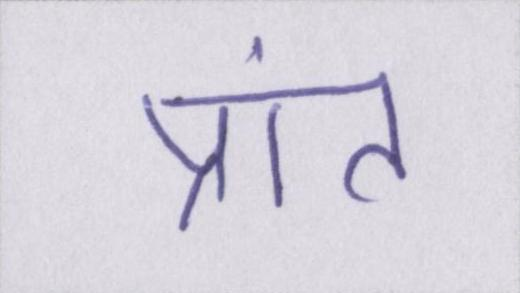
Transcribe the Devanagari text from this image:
प्रांत